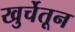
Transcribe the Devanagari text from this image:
खुर्चेतून